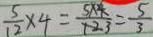
\frac { 5 } { 1 2 } \times 4 = \frac { 5 \times 4 } { 1 2 3 } = \frac { 5 } { 3 }